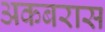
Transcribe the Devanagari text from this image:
अकबरास